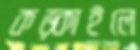
কড়্‌কাইলে